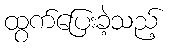
ထွက်ပြေးခဲ့သည့်